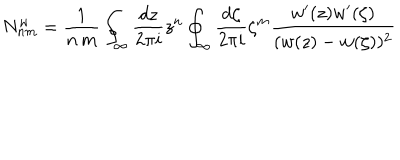
N _ { n m } ^ { w } = \frac 1 { n \, m } \oint _ { \infty } \frac { d z } { 2 \pi i } z ^ { n } \oint _ { \infty } \frac { d \zeta } { 2 \pi i } \zeta ^ { m } \frac { w ^ { \prime } ( z ) w ^ { \prime } ( \zeta ) } { ( w ( z ) - w ( \zeta ) ) ^ { 2 } }